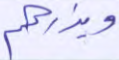
ويذرهم